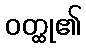
ဝတ္ထု၏